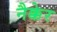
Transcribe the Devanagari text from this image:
नैक्केर